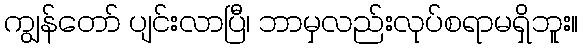
ကျွန်တော် ပျင်းလာပြီ၊ ဘာမှလည်းလုပ်စရာမရှိဘူး။